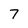
Character: 7